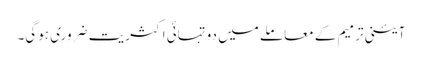
آئینی ترمیم کے معاملے میں دو تہائی اکثریت ضروری ہوگی۔